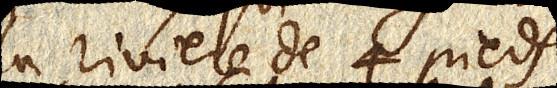
la riviere de 4 pieds